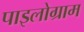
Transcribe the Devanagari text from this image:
पाइलोग्राम